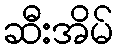
ဆီးအိမ်